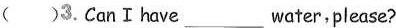
（）3.CanⅠhave___ water,please?